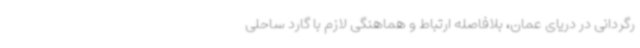
رگردانی در دریای عمان، بلافاصله ارتباط و هماهنگی لازم با گارد ساحلی